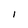
Character: I